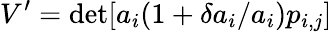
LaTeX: V^{\prime}=\operatorname*{det}[a_{i}(1+{\delta a_{i}}/a_{i})p_{i,j}]